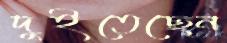
দুইতেছেন